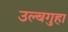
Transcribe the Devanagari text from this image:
उल्बगुहा